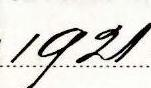
1921